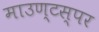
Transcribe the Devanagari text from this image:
माउण्टस्पर